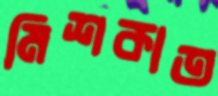
মিশকাত